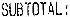
SUBTOTAL :